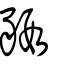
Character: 豭